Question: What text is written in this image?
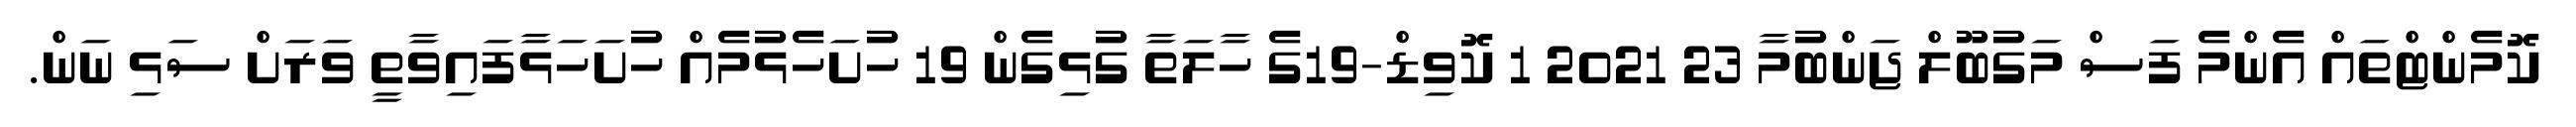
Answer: ކޮމެންޓްތައް އެންމެ ފަސް މަގުބޫލް ޖަންބުމާ 23 2021 1 ކޮވިޑް-19ގެ ހާލަތާ ގުޅިގެން 19 ހުށަހެޅުމެއް ހުށަހަޅާފައިވާތީ ވަރަށް ސަޅި ނަން.